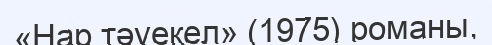
«Нар тәуекел» (1975) романы,